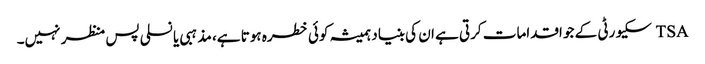
TSA سکیورٹی کے جو اقدامات کرتی ہے ان کی بنیاد ہمیشہ کوئی خطرہ ہوتا ہے، مذہبی یا نسلی پس منظر نہیں۔